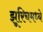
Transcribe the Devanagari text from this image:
झूरिचमध्ये